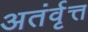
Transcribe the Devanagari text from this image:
अतंर्वृत्त